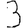
Digit: 3